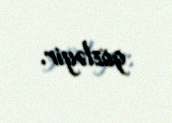
gözləyir.